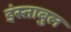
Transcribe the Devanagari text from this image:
इंस्ताबुल